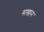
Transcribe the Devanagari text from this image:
सखान